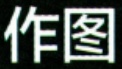
作图